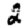
Digit: 2